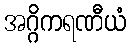
အဂ္ဂိကရဏီယံ